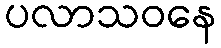
ပလာသဝနေ